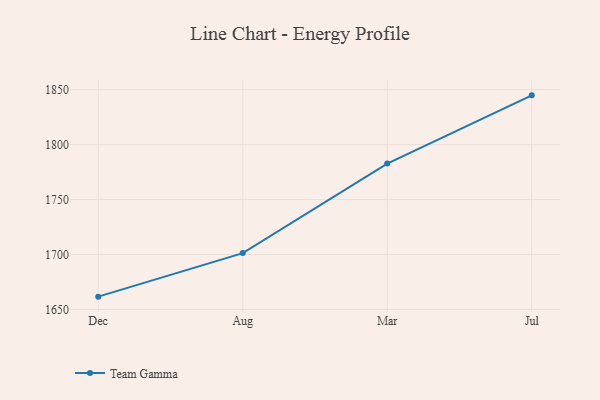
{"axis": {"x": "Month", "y": "Humidity (%)"}, "legend": ["Team Gamma"], "data": [{"x": "Dec", "y": 1661.7, "type": "Team Gamma"}, {"x": "Aug", "y": 1701.3, "type": "Team Gamma"}, {"x": "Mar", "y": 1782.7, "type": "Team Gamma"}, {"x": "Jul", "y": 1844.8, "type": "Team Gamma"}]}